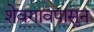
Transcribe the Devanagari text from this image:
शेवगावपासुन